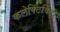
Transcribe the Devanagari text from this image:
कलेक्टिविटी